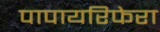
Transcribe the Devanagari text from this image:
पापायरिफेरा